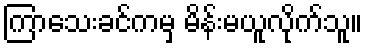
ကြာသေးခင်ကမှ မိန်းမယူလိုက်သူ။